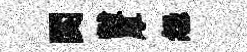
関黻厚怨